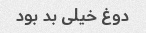
دوغ خیلی بد بود